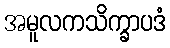
အမူလကသိက္ခာပဒံ